Lunatic asylums Madras 1877-1891 - 1877-1891
Year: 1877
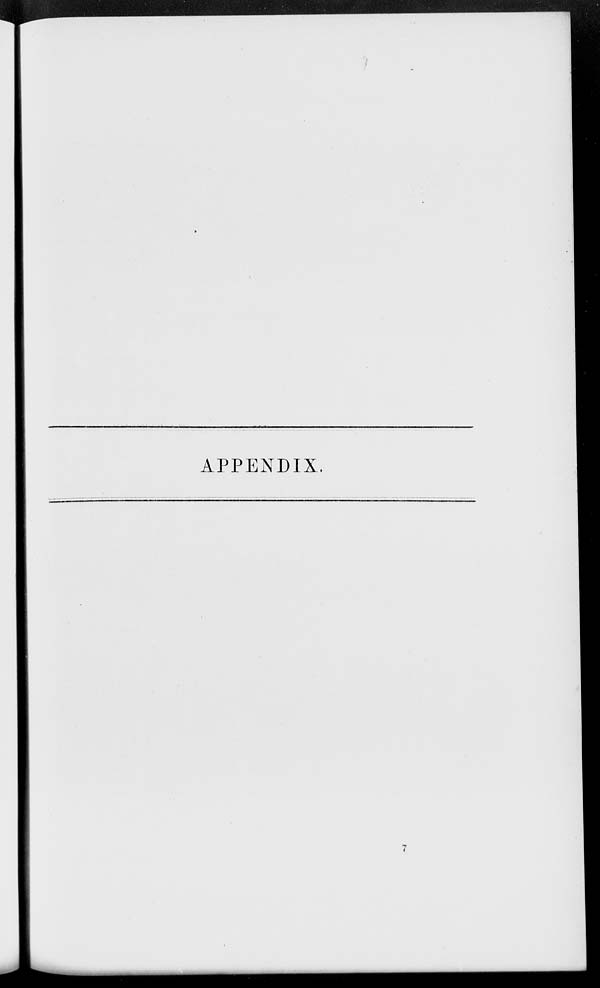
APPENDIX.